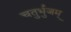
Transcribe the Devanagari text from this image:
चतुर्भुजम्